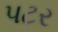
પટર